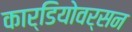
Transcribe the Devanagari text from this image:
कार्डियोवर्सन